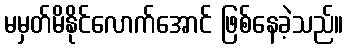
မမှတ်မိနိုင်လောက်အောင် ဖြစ်နေခဲ့သည်။